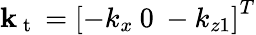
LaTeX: \mathbf{k}_{\mathrm{~t~}}=\left[-k_{x}\: 0\: -{k_{z1}}\right]^{T}